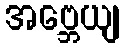
အဗ္ဘေယျ